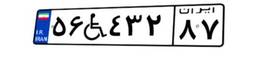
۵۶W۴۳۲۸۷